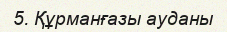
5. Құрманғазы ауданы